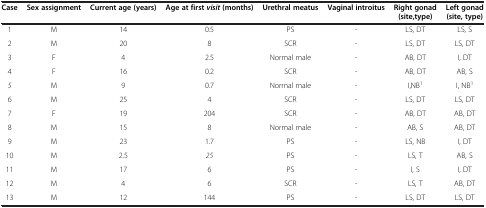
| Case | Sex assignment | Current age (years) | Age at first visit (months) | Urethral meatus | Vaginal introitus | Right gonad (site,type) | Left gonad (site, type) |
 | --- | --- | --- | --- | --- | --- | --- | --- |
 | 1 | M | 14 | 0.5 | PS | - | LS, DT | LS, S |
 | 2 | M | 20 | 8 | SCR | - | LS, DT | LS, DT |
 | 3 | F | 4 | 2.5 | Normal male | - | AB, DT | I, DT |
 | 4 | F | 16 | 0.2 | SCR | - | AB, DT | AB, S |
 | 5 | M | 9 | 0.7 | Norrnal male | - | I,NB1 | I, NB1 |
 | 6 | M | 25 | 4 | SCR | - | LS, DT | LS, DT |
 | 7 | F | 19 | 204 | SCR | - | AB, DT | AB, DT |
 | 8 | M | 15 | 8 | Normal male | - | AB, S | AB, DT |
 | 9 | M | 23 | 1.7 | PS | - | LS, NB | I, DT |
 | 10 | M | 2.5 | 25 | PS | - | LS, T | AB, S |
 | 11 | M | 17 | 6 | PS | - | I, S | I, DT |
 | 12 | M | 4 | 6 | SCR | - | LS, T | AB, DT |
 | 13 | M | 12 | 144 | PS | - | LS, DT | LS, DT |